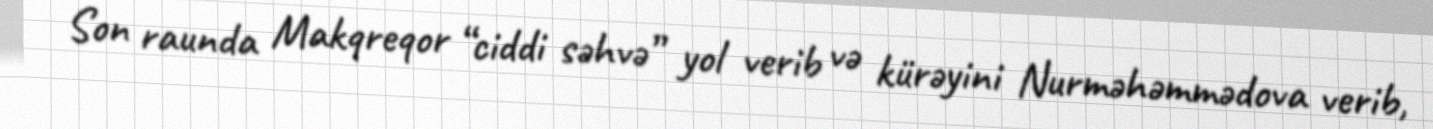
Son raunda Makqreqor “ciddi səhvə” yol verib və kürəyini Nurməhəmmədova verib,